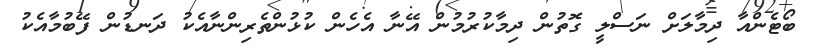
ބޯޓެންއާ ދިމާލަށް ނަސްލީ ގޮތުން ދިމާކުރުމުން އޭނާ އެހެން ކުޅުންތެރިންނާއެކު ދަނޑުން ފޭބުމާއެކު